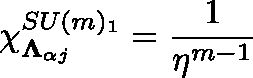
\chi _ { \mathbf { \Lambda } _ { \alpha j } } ^ { S U ( m ) _ { 1 } } = \frac { 1 } { \eta ^ { m - 1 } }